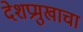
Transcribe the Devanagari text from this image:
देशप्रमुखाचा